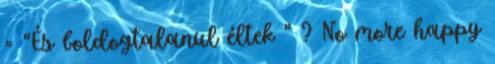
= “És boldogtalanul éltek ” ? No more happy